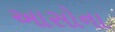
આસોના